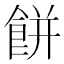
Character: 餅